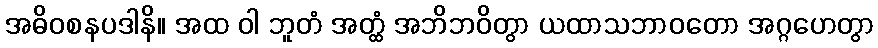
အဓိဝစနပဒါနိ။ အထ ဝါ ဘူတံ အတ္ထံ အဘိဘဝိတွာ ယထာသဘာဝတော အဂ္ဂဟေတွာ